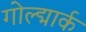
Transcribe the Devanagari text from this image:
गोल्द्मार्क